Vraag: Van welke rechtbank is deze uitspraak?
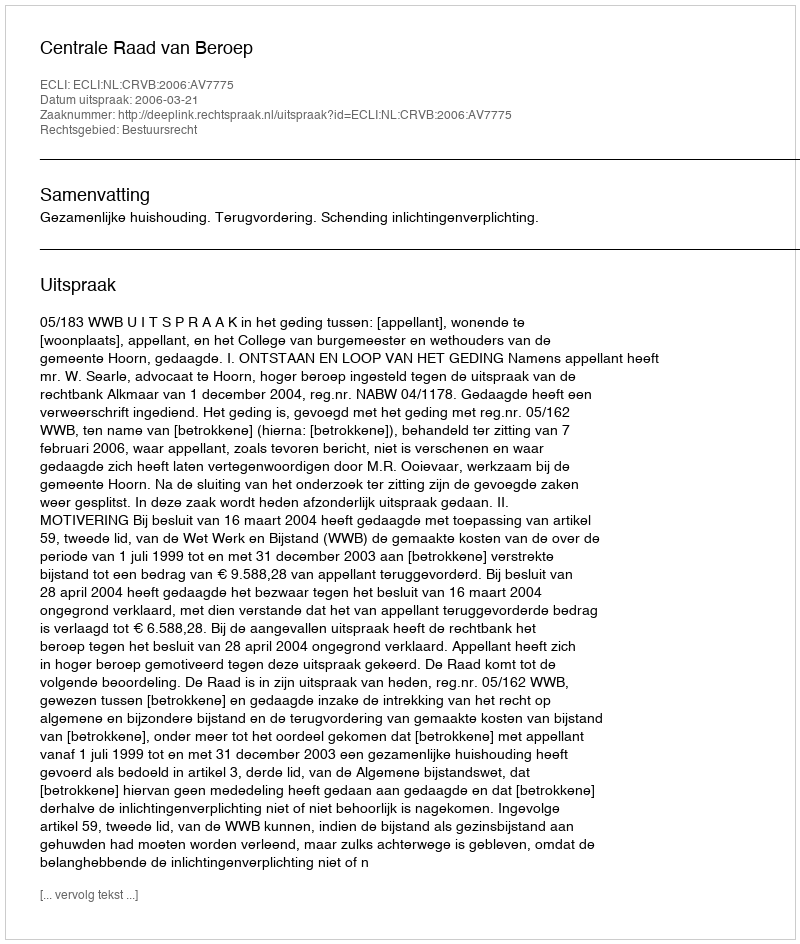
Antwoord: Centrale Raad van Beroep